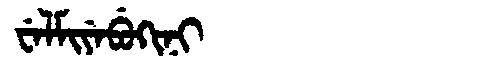
Manchu: ᠸᡝᠯᠮᡳᠶᡝᠪᡠᡴᡳᠨᡳ
Romanization: WELMIYEBUKINI